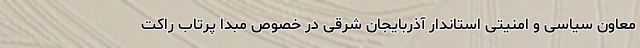
معاون سیاسی و امنیتی استاندار آذربایجان‌ شرقی در خصوص مبدا پرتاب راکت